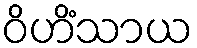
ဝိဟိံသာယ